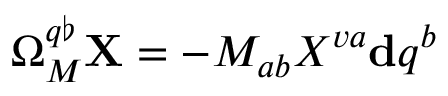
\Omega _ { M } ^ { q \flat } \mathbf { X } = - M _ { a b } X ^ { v a } { } \mathbf { d } q ^ { b }